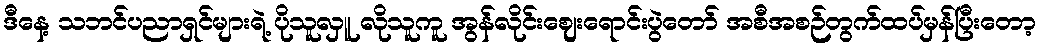
ဒီနေ့ သဘင်ပညာရှင်များရဲ့ ပိုသူလှူ လိုသူကူ အွန်လိုင်းဈေးရောင်းပွဲတော် အစီအစဉ်တွက်ထပ်မှန်ပြီးတော့